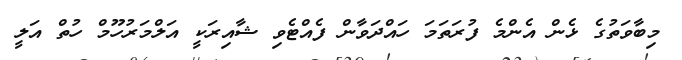
މިބާވަތުގެ ޅެން އެންމެ ފުރަތަމަ ހައްދަވާން ފެއްޓެވި ޝާއިރަކީ އަލްމަރުހޫމް ހުތް އަލީ